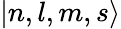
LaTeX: |n,l,m,s\rangle